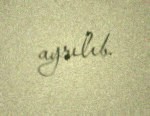
ayrılıb.